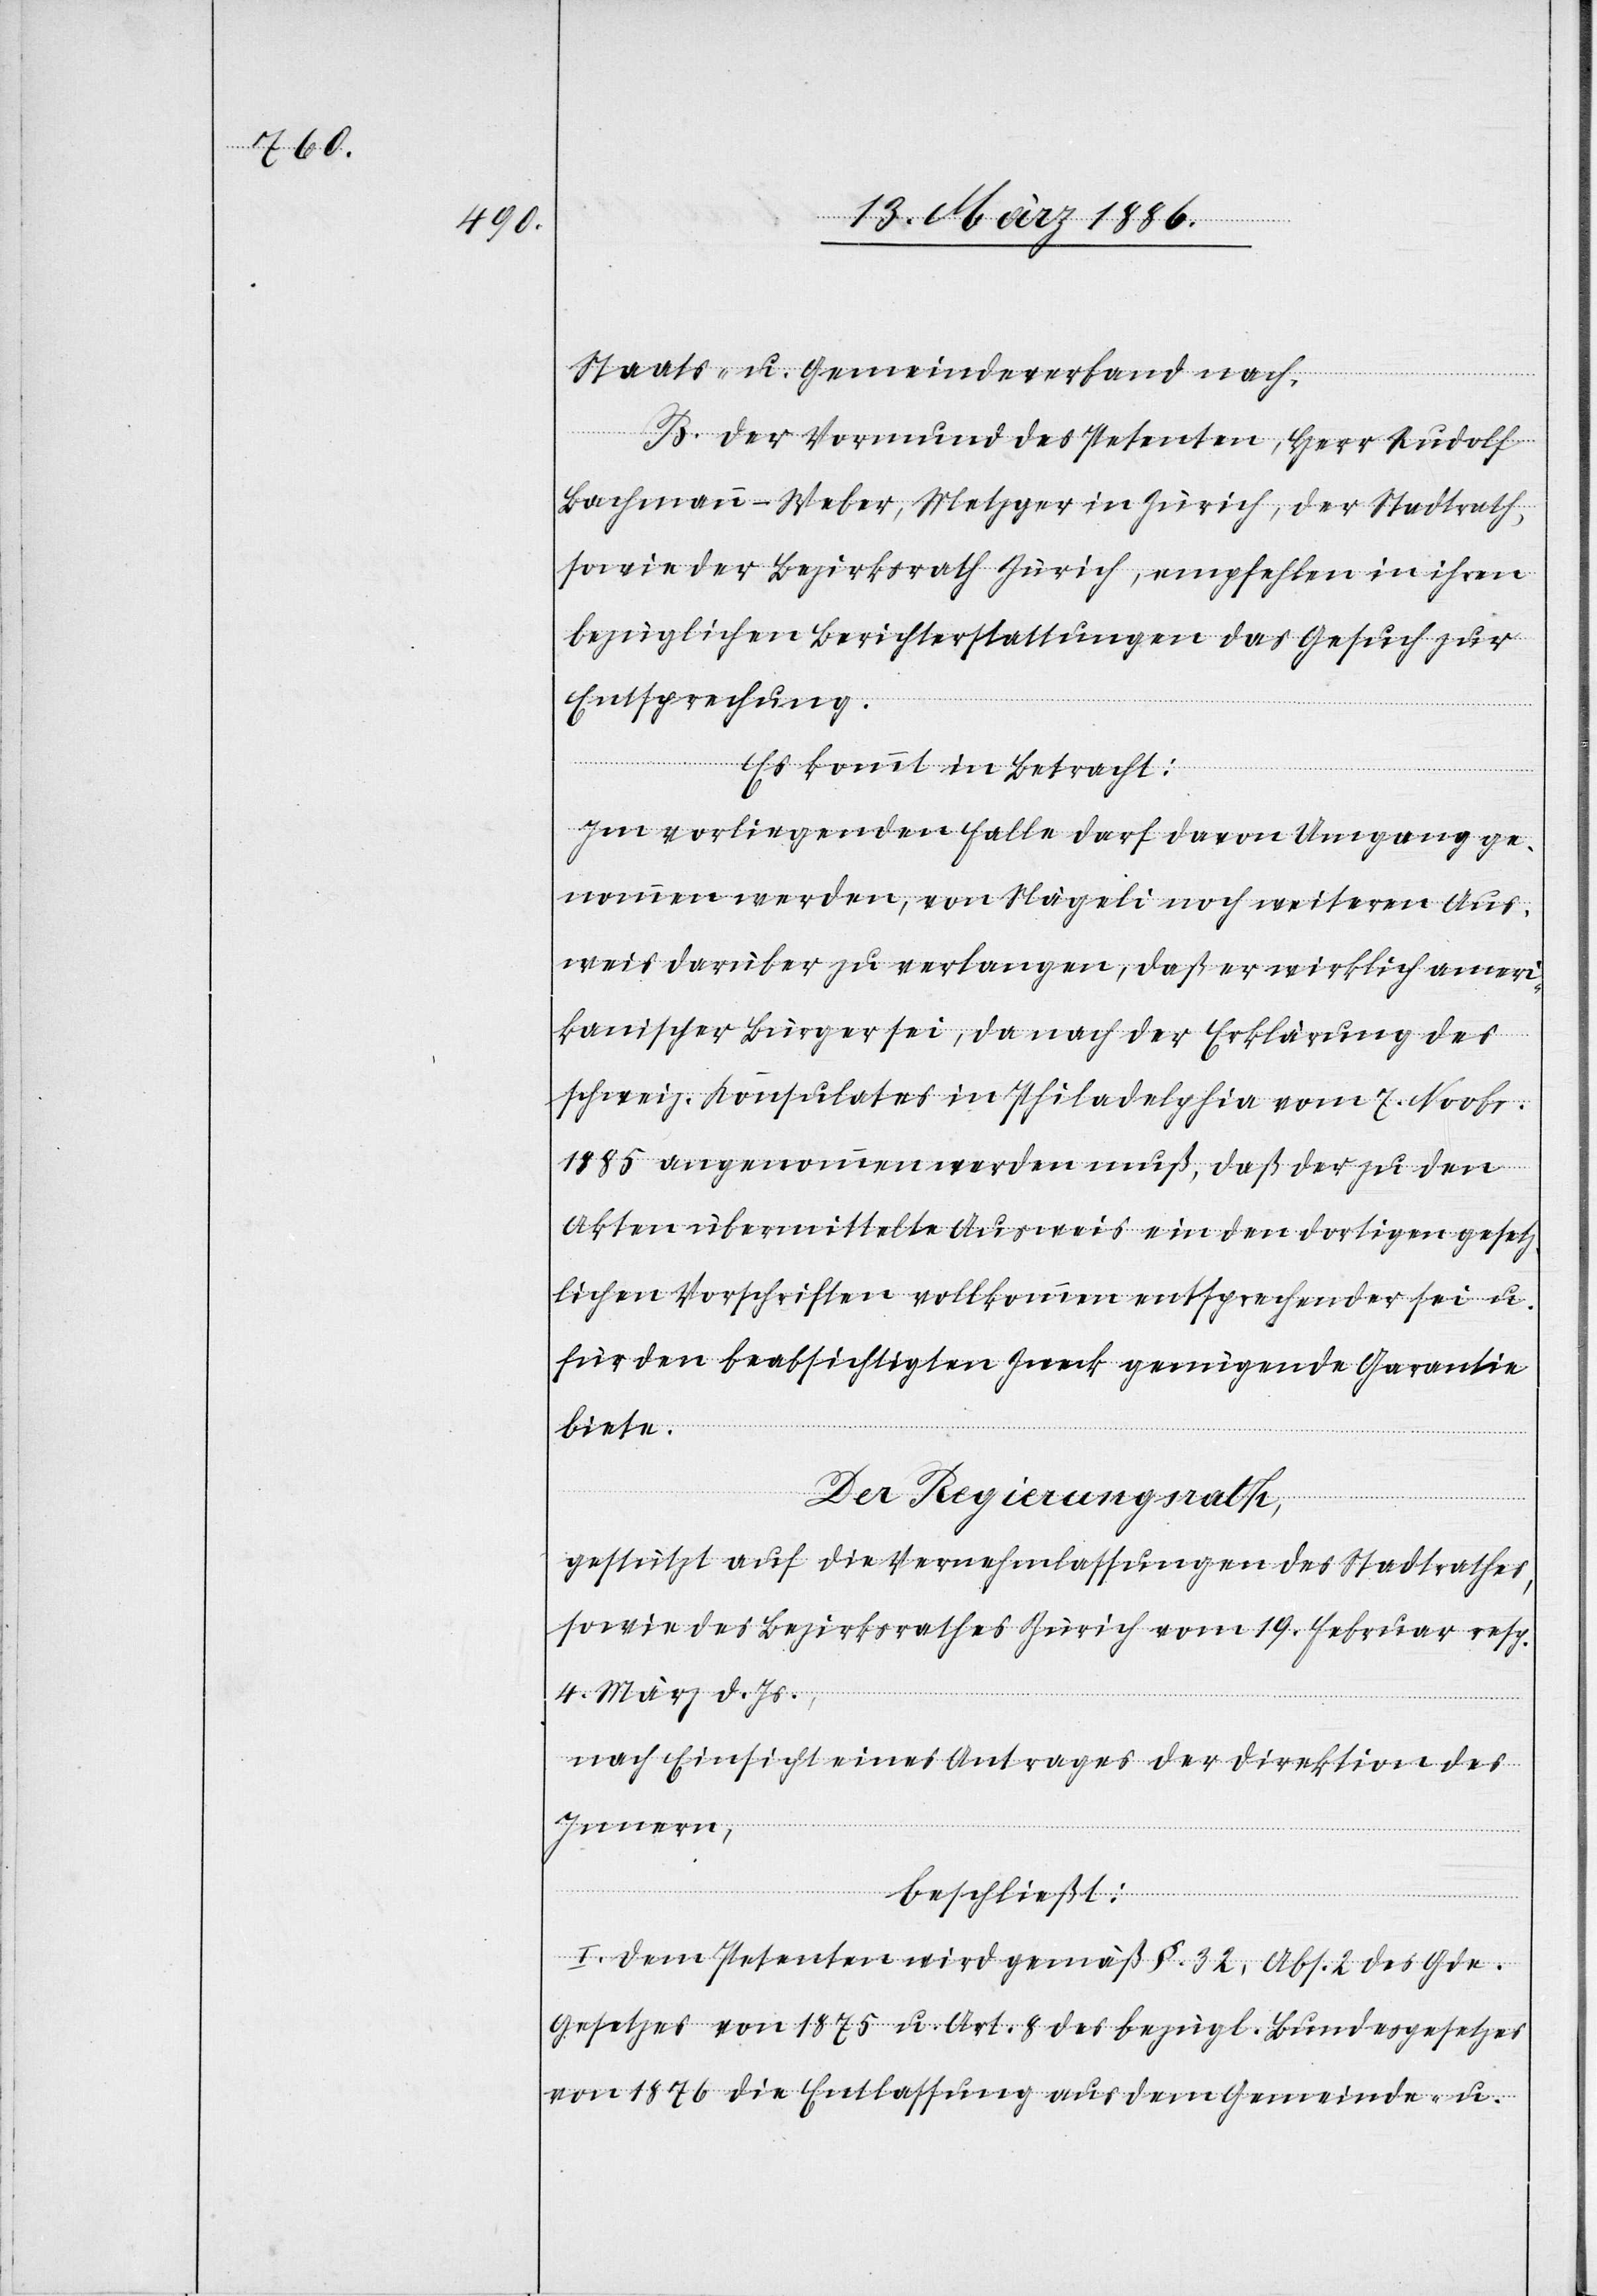
Staats- u. Gemeindeverband nach.
B. Der Vormund des Petenten, Herr Rudolf
Bachmann-Weber, Metzger in Zürich, der Stadtrath,
sowie der Bezirksrath Zürich, empfehlen in ihren
bezüglichen Berichterstattungen das Gesuch zur
Entsprechung.
Es kommt in Betracht:
Im vorliegenden Falle darf davon Umgang ge¬
nommen werden, von Nägeli noch weiteren Aus¬
weis darüber zu verlangen, daß er wirklich ameri¬
kanischer Bürger sei, da nach der Erklärung des
schweiz. Konsulates in Philadelphia vom 7. Novbr.
1885 angenommen werden muß, daß der zu den
Akten übermittelte Ausweis ein den dortigen gesetz¬
lichen Vorschriften vollkommen entsprechender sei u.
für den beabsichtigen Zweck genügende Garantie
biete.
Der Regierungsrath,
gestützt auf die Vernehmlassung des Stadtrathes,
sowie des Bezirksrathes Zürich vom 19. Februar resp.
4. März d. Js.,
nach Einsicht eines Antrages der Direktion des
Innern,
beschließt:
I. Dem Petenten wird gemäß §. 32, Abs. 2 des Gde.
Gesetzes von 1875 u. Art. 8 des bezügl. Bundesgesetzes
von 1876 die Entlassung aus dem Gemeinde- u.